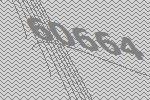
60664